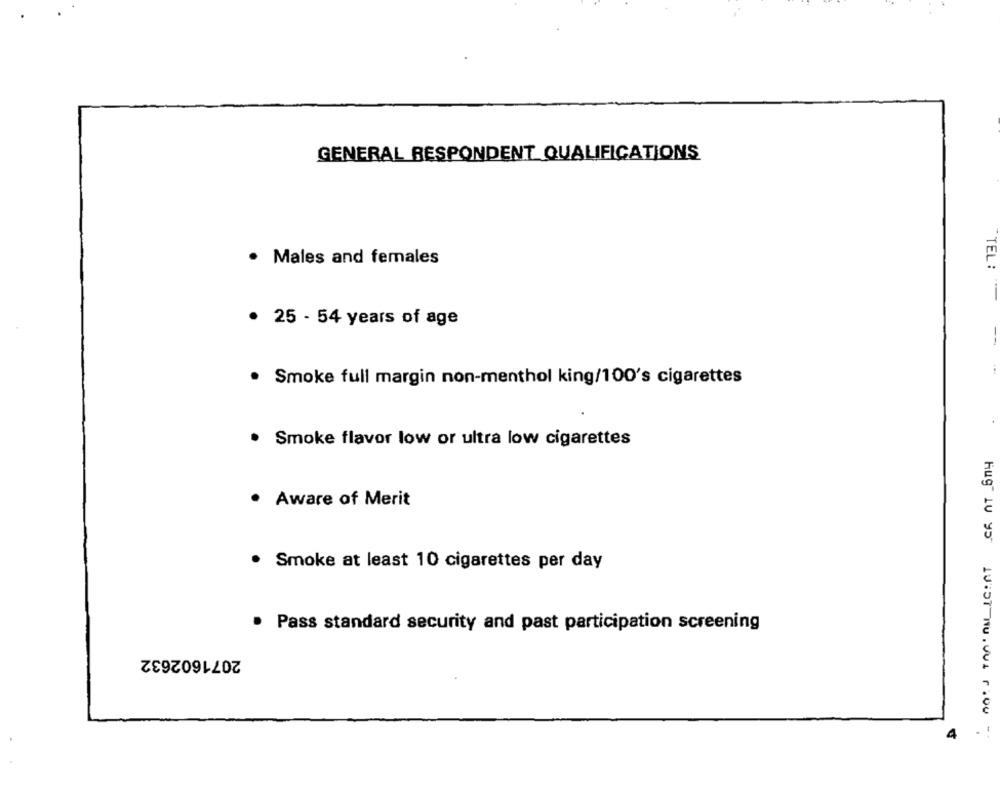
GENERAL RESPONDENT QUALIFICATIONS
· Males and females
TEL:
25 - 54 years of age
--
· Smoke full margin non-menthol king/100's cigarettes
· Smoke flavor low or ultra low cigarettes
· Aware of Merit
· Smoke at least 10 cigarettes per day
· Pass standard security and past participation screening
2071602632
4